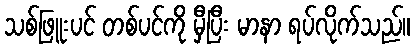
သစ်ဖြူးပင် တစ်ပင်ကို မှီပြီး မာနာ ရပ်လိုက်သည်။